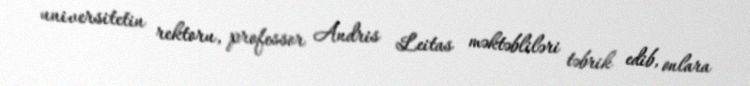
universitetin rektoru, professor Andris Leitas məktəbliləri təbrik edib, onlara